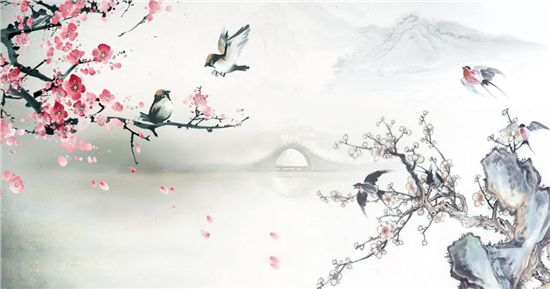
两岸桃花烘日出，四围高柳到天垂。